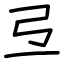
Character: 弖